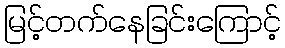
မြင့်တက်နေခြင်းကြောင့်